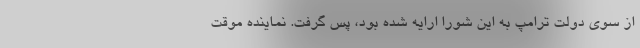
از سوی دولت ترامپ به این شورا ارایه شده بود، پس گرفت. نماینده موقت